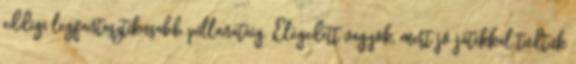
eddigi legfantasztikusabb pillanatáig. Elégedett vagyok, mert jó játékkal tudtuk